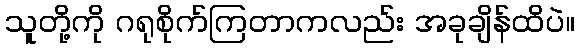
သူတို့ကို ဂရုစိုက်ကြတာကလည်း အခုချိန်ထိပဲ။